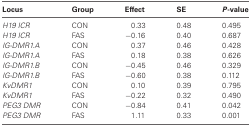
<table><thead><tr><td><b>Locus</b></td><td><b>Group</b></td><td><b>Effect</b></td><td><b>SE</b></td><td><b><i>P</i>-value</b></td></tr></thead><tbody><tr><td><i>H19 ICR</i></td><td>CON</td><td>0.33</td><td>0.48</td><td>0.495</td></tr><tr><td><i>H19 ICR</i></td><td>FAS</td><td>–0.16</td><td>0.40</td><td>0.687</td></tr><tr><td><i>IG-DMR1.A</i></td><td>CON</td><td>0.37</td><td>0.46</td><td>0.428</td></tr><tr><td><i>IG-DMR1.A</i></td><td>FAS</td><td>0.18</td><td>0.38</td><td>0.626</td></tr><tr><td><i>IG-DMR1.B</i></td><td>CON</td><td>–0.45</td><td>0.46</td><td>0.329</td></tr><tr><td><i>IG-DMR1.B</i></td><td>FAS</td><td>–0.60</td><td>0.38</td><td>0.112</td></tr><tr><td><i>KvDMR1</i></td><td>CON</td><td>0.10</td><td>0.39</td><td>0.795</td></tr><tr><td><i>KvDMR1</i></td><td>FAS</td><td>–0.22</td><td>0.32</td><td>0.490</td></tr><tr><td><i>PEG3 DMR</i></td><td>CON</td><td>–0.84</td><td>0.41</td><td>0.042</td></tr><tr><td><i>PEG3 DMR</i></td><td>FAS</td><td>1.11</td><td>0.33</td><td>0.001</td></tr></tbody></table>